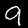
Label: 9